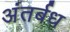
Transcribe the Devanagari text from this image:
अंतर्बध